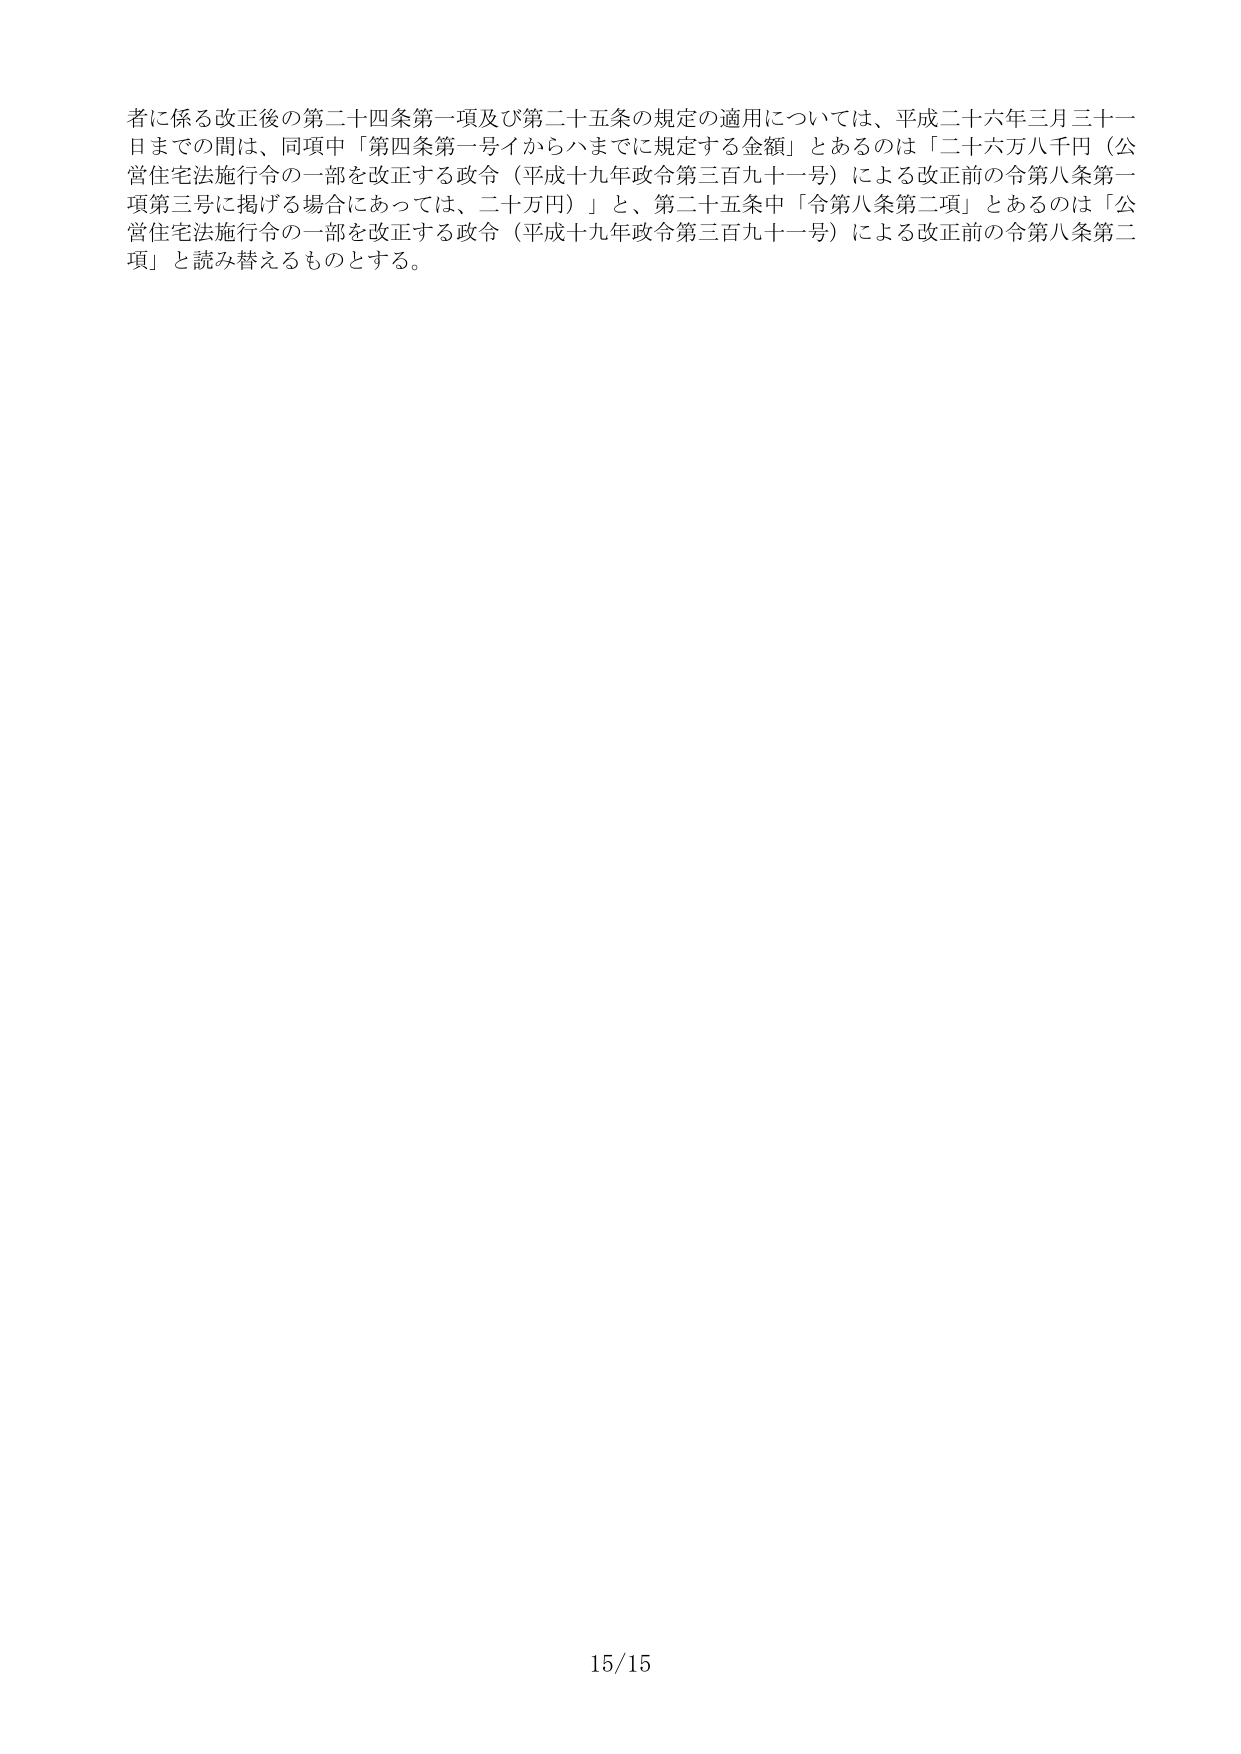
者に係る改正後の第二十四条第一項及び第二十五条の規定の適用については、平成二十六年三月三十一日までの間は、同項中「第四条第一号イからハまでに規定する金額」とあるのは「二十六万八千円（公営住宅法施行令の一部を改正する政令（平成十九年政令第三百九十一号）による改正前の令第八条第一項第三号に掲げる場合にあっては、二十万円）」と、第二十五条中「令第八条第二項」とあるのは「公営住宅法施行令の一部を改正する政令（平成十九年政令第三百九十一号）による改正前の令第八条第二項」と読み替えるものとする。

15/15